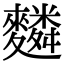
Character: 𪍴